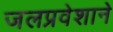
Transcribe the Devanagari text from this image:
जलप्रवेशाने